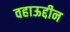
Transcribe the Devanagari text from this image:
वहाऊद्दीन